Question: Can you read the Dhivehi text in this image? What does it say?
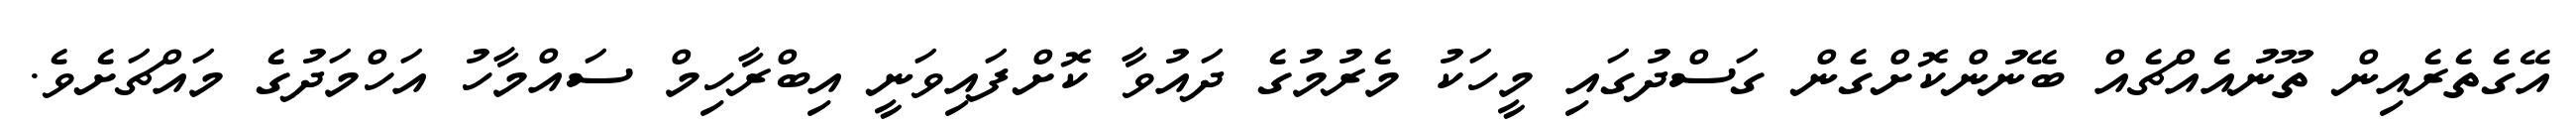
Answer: އޭގެތެރެއިން ތޫނުއެއްޗެއް ބޭނުންކޮށްގެން ގަސްދުގައި މީހަކު މެރުމުގެ ދައުވާ ކޮށްފައިވަނީ އިބްރާހިމް ސައްމާހު އަހްމަދުގެ މައްޗަށެވެ.